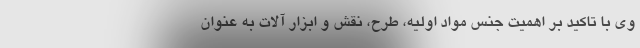
وی با تاکید بر اهمیت جنس مواد اولیه، طرح، نقش و ابزار آلات به عنوان